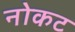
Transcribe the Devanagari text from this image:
नोकट